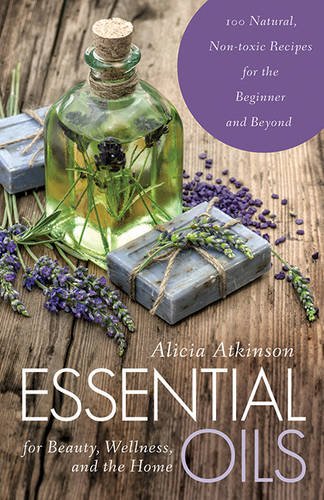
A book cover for Essential Oils for Beauty, Wellness, and the Home: 100 Natural, Non-toxic Recipes for the Beginner and Beyond; Alicia Atkinson; Health, Fitness & Dieting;